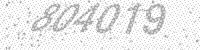
Solution: 804019